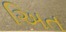
અિત